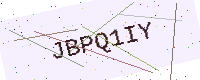
Text: JBPQ1IY